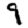
Digit: 9